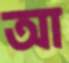
আ